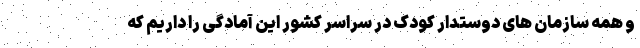
و همه سازمان های دوستدار کودک در سراسر کشور این آمادگی را داریم که